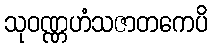
သုဝဏ္ဏဟံသဇာတကေပိ